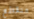
متقطع